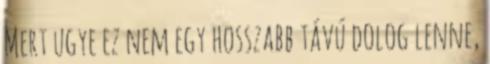
Mert ugye ez nem egy hosszabb távú dolog lenne,